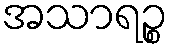
အသာရဉ္စ